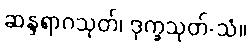
ဆန္ဒရာဂသုတ်၊ ဒုက္ခသုတ်-သံ။